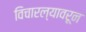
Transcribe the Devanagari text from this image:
विचारल्यावरून